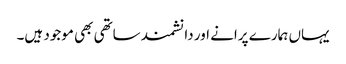
یہاں ہمارے پرانے اور دانشمند ساتھی بھی موجود ہیں۔